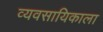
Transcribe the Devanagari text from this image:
व्यवसायिकाला